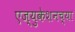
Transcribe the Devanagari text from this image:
एज्युकेशनच्या